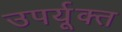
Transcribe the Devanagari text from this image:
उपर्यूक्त